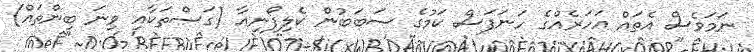
ނަމަވެސް އެތައް އަހަރެއްގެ ހަނަފަސް ކަމުގެ ސަބަބުން ކެލިފޯނިއާ (ގަސްތަކާއި ވިނަ ބިންތައް)